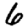
Digit: 6